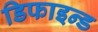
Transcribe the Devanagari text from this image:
डिफाइन्ड